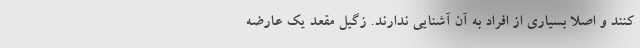
کنند و اصلا بسیاری از افراد به آن آشنایی ندارند. زگیل مقعد یک عارضه